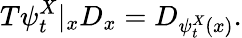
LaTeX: T\psi_{t}^{X}|_{x}D_{x}=D_{\psi_{t}^{X}(x)}.